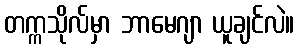
တက္ကသိုလ်မှာ ဘာမေဂျာ ယူချင်လဲ။